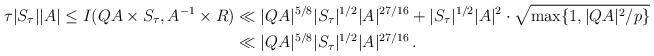
LaTeX: \begin{align*}\begin{aligned} \tau |S_\tau| |A| \le {I} (QA\times S_\tau , A^{-1} \times R) & \ll |QA|^{5/8} |S_\tau|^{1/2} |A|^{27/16} + |S_\tau|^{1/2} |A|^2 \cdot \sqrt{\max\{ 1, |QA|^2/p \}}\\& \ll|QA|^{5/8} |S_\tau|^{1/2} |A|^{27/16} \,.\end{aligned}\end{align*}